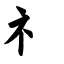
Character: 礻